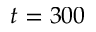
t = 3 0 0